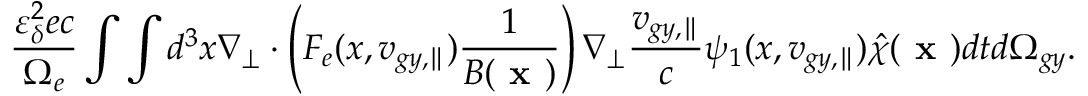
\frac { \varepsilon _ { \delta } ^ { 2 } e c } { \Omega _ { e } } \int \int d ^ { 3 } x \nabla _ { \perp } \boldsymbol { \cdot } \left( F _ { e } ( x , v _ { g y , \parallel } ) \frac { 1 } { B ( \textbf { x } ) } \right) \nabla _ { \perp } \frac { v _ { g y , \parallel } } { c } \psi _ { 1 } ( x , v _ { g y , \parallel } ) \hat { \chi } ( \textbf { x } ) d t d \Omega _ { g y } .